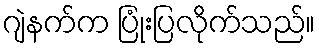
ဂျဲနက်က ပြုံးပြလိုက်သည်။